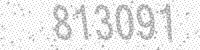
Solution: 813091